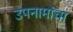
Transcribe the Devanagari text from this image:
उपनामांचा